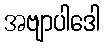
အဗျာပါဒေါ